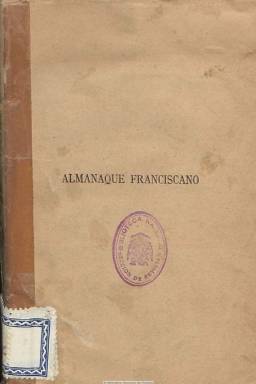
Título: Almanaque franciscano
Colección: Almanaques
Ámbito geográfico: Madrid
Lugar de publicación: Madrid
Fechas: 01/01/1895-31/12/1895

Anuario para 1895 dirigido por el padre Pedro Fernández, del Colegio de Misioneros de Santiago, de la Orden Franciscana, que contiene épocas célebres, fiestas religiosas movibles, cómputos eclesiásticos y santoral,  con artículos devotos, letanías e información sobre indulgencias, además de composiciones poéticas del padre Juan de Dios León, coplas de navidad, y otros datos del mismo carácter, acompañados de viñetas ornamentales y grabados de santos y otra iconografía católica. Incluye un índice, al final. El volumen supera las 250 páginas.